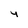
Character: y